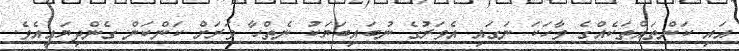
އައި ކަންތައްތަކެއްގެ ވާހަކަ ނަގައި އެވަރުގެ ނުބައިބަޔަކު ނެތްހާ ވަރަށް ކަންކަން ގެންދިޔައީއެވެ.